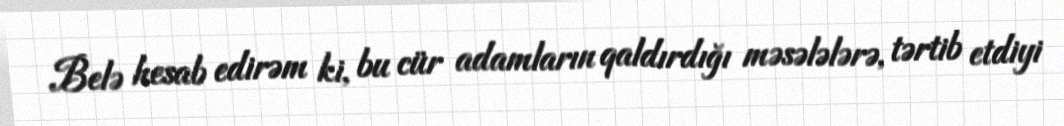
Belə hesab edirəm ki, bu cür adamların qaldırdığı məsələlərə, tərtib etdiyi